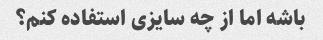
باشه اما از چه سایزی استفاده کنم؟